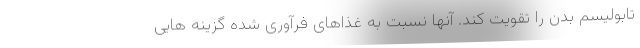
تابولیسم بدن را تقویت کند. آنها نسبت به غذاهای فرآوری شده گزینه هایی